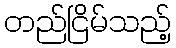
တည်ငြိမ်သည့်